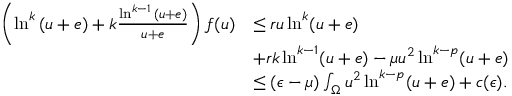
\begin{array} { r l } { \left( \ln ^ { k } { ( u + e ) } + k \frac { \ln ^ { k - 1 } { ( u + e ) } } { u + e } \right) f ( u ) } & { \leq r u \ln ^ { k } ( u + e ) } \\ & { + r k \ln ^ { k - 1 } ( u + e ) - \mu u ^ { 2 } \ln ^ { k - p } ( u + e ) } \\ & { \leq ( \epsilon - \mu ) \int _ { \Omega } u ^ { 2 } \ln ^ { k - p } ( u + e ) + c ( \epsilon ) . } \end{array}